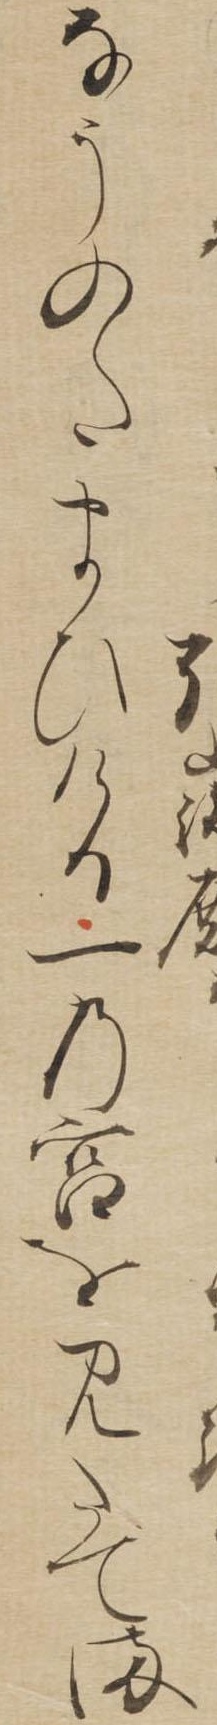
なうのたまひける一の宮をみたてま